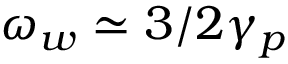
\omega _ { w } \simeq 3 / 2 \gamma _ { p }